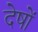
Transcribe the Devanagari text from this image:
देषों